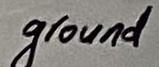
Text: ground